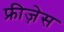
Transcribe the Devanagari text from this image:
फ्रीज़ेस